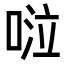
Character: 𠴹